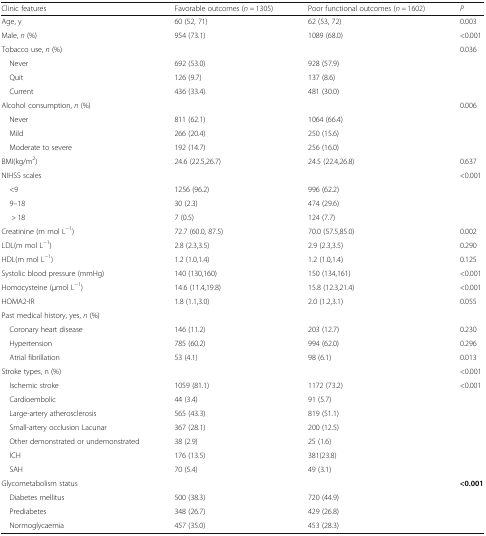
<table><thead><tr><td><b>Clinic features</b></td><td><b>Favorable outcomes (<i>n =</i> 1305)</b></td><td><b>Poor functional outcomes (<i>n =</i> 1602)</b></td><td><b><i>P</i></b></td></tr></thead><tbody><tr><td>Age, y</td><td>60 (52, 71)</td><td>62 (53, 72)</td><td>0.003</td></tr><tr><td>Male, <i>n</i> (%)</td><td>954 (73.1)</td><td>1089 (68.0)</td><td>&lt;0.001</td></tr><tr><td>Tobacco use, <i>n</i> (%)</td><td></td><td></td><td>0.036</td></tr><tr><td> Never</td><td>692 (53.0)</td><td>928 (57.9)</td><td></td></tr><tr><td> Quit</td><td>126 (9.7)</td><td>137 (8.6)</td><td></td></tr><tr><td> Current</td><td>436 (33.4)</td><td>481 (30.0)</td><td></td></tr><tr><td>Alcohol consumption, <i>n</i> (%)</td><td></td><td></td><td>0.006</td></tr><tr><td> Never</td><td>811 (62.1)</td><td>1064 (66.4)</td><td></td></tr><tr><td> Mild</td><td>266 (20.4)</td><td>250 (15.6)</td><td></td></tr><tr><td> Moderate to severe</td><td>192 (14.7)</td><td>256 (16.0)</td><td></td></tr><tr><td>BMI(kg/m<sup>2</sup>)</td><td>24.6 (22.5,26.7)</td><td>24.5 (22.4,26.8)</td><td>0.637</td></tr><tr><td>NIHSS scales</td><td></td><td></td><td>&lt;0.001</td></tr><tr><td> &lt;9</td><td>1256 (96.2)</td><td>996 (62.2)</td><td></td></tr><tr><td> 9–18</td><td>30 (2.3)</td><td>474 (29.6)</td><td></td></tr><tr><td>&gt; 18</td><td>7 (0.5)</td><td>124 (7.7)</td><td></td></tr><tr><td>Creatinine (m mol L<sup>−1</sup>)</td><td>72.7 (60.0, 87.5)</td><td>70.0 (57.5,85.0)</td><td>0.002</td></tr><tr><td>LDL(m mol L<sup>−1</sup>)</td><td>2.8 (2.3,3.5)</td><td>2.9 (2.3,3.5)</td><td>0.290</td></tr><tr><td>HDL(m mol L<sup>−1</sup>)</td><td>1.2 (1.0,1.4)</td><td>1.2 (1.0,1.4)</td><td>0.125</td></tr><tr><td>Systolic blood pressure (mmHg)</td><td>140 (130,160)</td><td>150 (134,161)</td><td>&lt;0.001</td></tr><tr><td>Homocysteine (μmol L<sup>−1</sup>)</td><td>14.6 (11.4,19.8)</td><td>15.8 (12.3,21.4)</td><td>&lt;0.001</td></tr><tr><td>HOMA2-IR</td><td>1.8 (1.1,3.0)</td><td>2.0 (1.2,3.1)</td><td>0.055</td></tr><tr><td>Past medical history, yes, <i>n</i> (%)</td><td></td><td colspan="2"></td></tr><tr><td> Coronary heart disease</td><td>146 (11.2)</td><td>203 (12.7)</td><td>0.230</td></tr><tr><td> Hypertension</td><td>785 (60.2)</td><td>994 (62.0)</td><td>0.296</td></tr><tr><td> Atrial fibrillation</td><td>53 (4.1)</td><td>98 (6.1)</td><td>0.013</td></tr><tr><td>Stroke types, n (%)</td><td></td><td></td><td>&lt;0.001</td></tr><tr><td> Ischemic stroke</td><td>1059 (81.1)</td><td>1172 (73.2)</td><td>&lt;0.001</td></tr><tr><td> Cardioembolic</td><td>44 (3.4)</td><td>91 (5.7)</td><td></td></tr><tr><td> Large-artery atherosclerosis</td><td>565 (43.3)</td><td>819 (51.1)</td><td></td></tr><tr><td> Small-artery occlusion Lacunar</td><td>367 (28.1)</td><td>200 (12.5)</td><td></td></tr><tr><td> Other demonstrated or undemonstrated</td><td>38 (2.9)</td><td>25 (1.6)</td><td></td></tr><tr><td> ICH</td><td>176 (13.5)</td><td>381(23.8)</td><td></td></tr><tr><td> SAH</td><td>70 (5.4)</td><td>49 (3.1)</td><td></td></tr><tr><td>Glycometabolism status</td><td></td><td></td><td><b>&lt;0.001</b></td></tr><tr><td> Diabetes mellitus</td><td>500 (38.3)</td><td>720 (44.9)</td><td></td></tr><tr><td> Prediabetes</td><td>348 (26.7)</td><td>429 (26.8)</td><td></td></tr><tr><td> Normoglycaemia</td><td>457 (35.0)</td><td>453 (28.3)</td><td></td></tr></tbody></table>